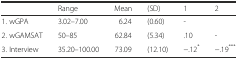
<table><thead><tr><td></td><td><b>Range</b></td><td><b>Mean</b></td><td><b>(SD)</b></td><td><b>1</b></td><td><b>2</b></td></tr></thead><tbody><tr><td>1. wGPA</td><td>3.02–7.00</td><td>6.24</td><td>(0.60)</td><td>-</td><td></td></tr><tr><td>2. wGAMSAT</td><td>50–85</td><td>62.84</td><td>(5.34)</td><td>.10</td><td>-</td></tr><tr><td>3. Interview</td><td>35.20–100.00</td><td>73.09</td><td>(12.10)</td><td>−.12<sup>*</sup></td><td>−.19<sup>***</sup></td></tr></tbody></table>